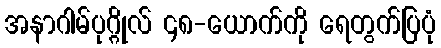
အနာဂါမ်ပုဂ္ဂိုလ် ၄၈-ယောက်ကို ရေတွက်ပြပုံ